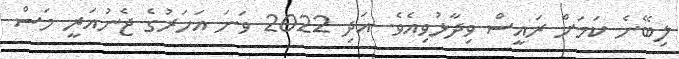
ލިބޭނެ ކަމަށް ރައީސް ވިދާޅުވިއެވެ. އަދި 2022 ވަނަ އަހަރުގެ ޖެނުއަރީ މަސް